画像に写った文字を読んでください
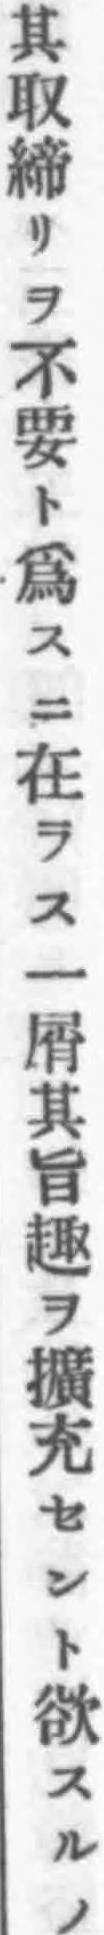
「其取締リヲ不要ト爲スニ在ラス一屑其旨趣ヲ擴充セント欲スルノ」と書いてあります